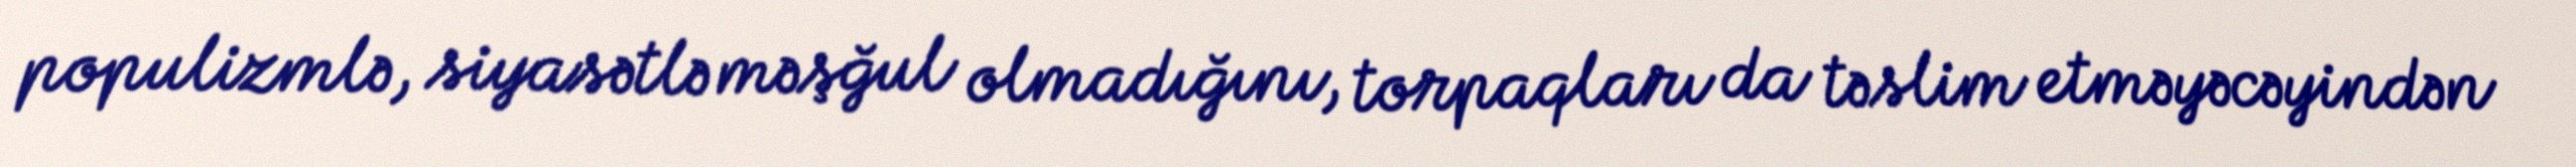
populizmlə, siyasətlə məşğul olmadığını, torpaqları da təslim etməyəcəyindən